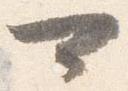
可